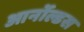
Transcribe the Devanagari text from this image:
आर्नोल्डस